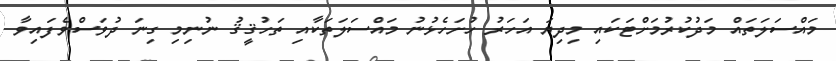
މައްސަލަތައް މަދުކުރުމަށްޓަކައި މިދިޔަ އަހަރު ހުށަހެޅުނު މައްސަލަތަކާއި ތަހުޤީޤު ނުނިމި ގިނަ ދުވަސްވެފައިވާ